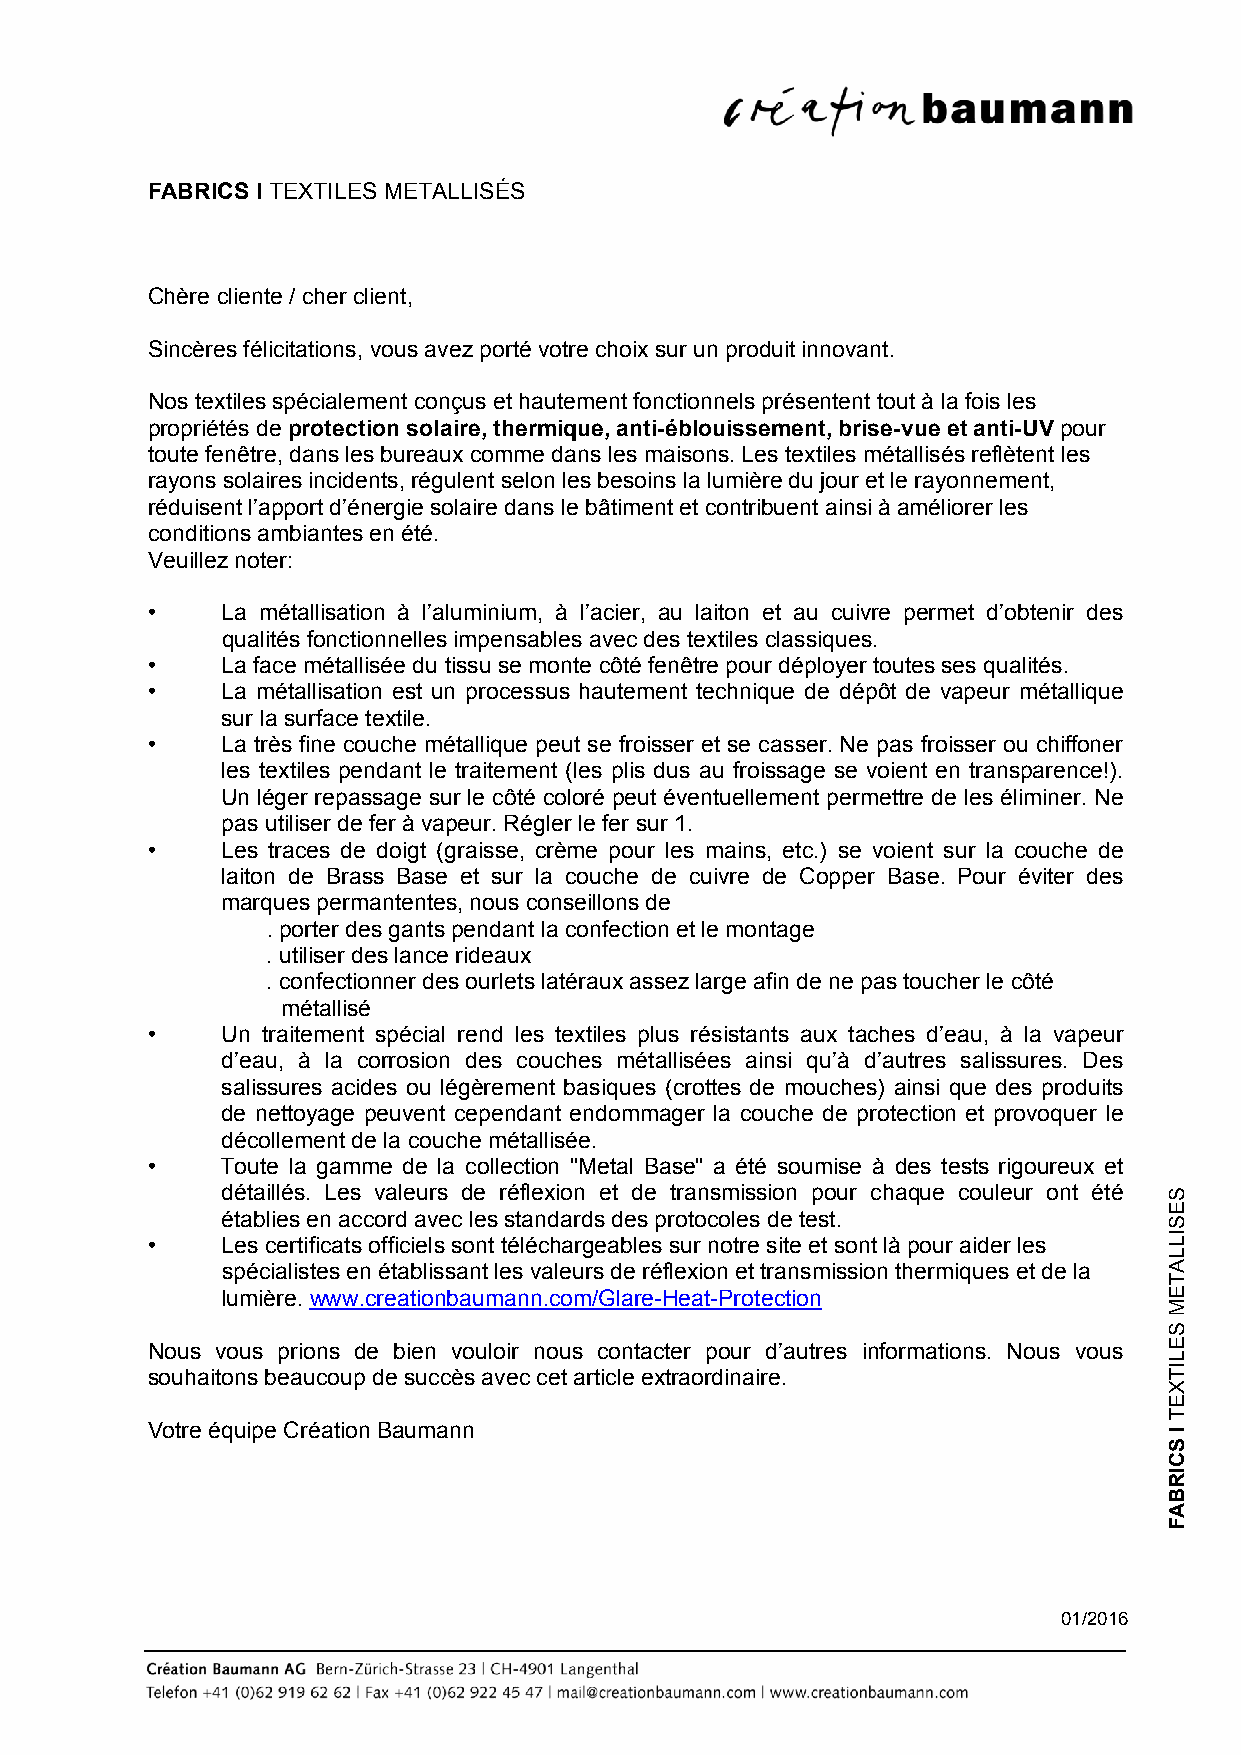
FABRICS I TEXTILES METALLISÉS
 Chère cliente / cher client,
 Sincères félicitations, vous avez porté votre choix sur un produit innovant.
 Nos textiles spécialement conçus et hautement fonctionnels présentent tout à la fois les
 propriétés de protection solaire, thermique, anti-éblouissement, brise-vue et anti-UV pour
 toute fenêtre, dans les bureaux comme dans les maisons. Les textiles métallisés reflètent les
 rayons solaires incidents, régulent selon les besoins la lumière du jour et le rayonnement,
 réduisent l’apport d’énergie solaire dans le bâtiment et contribuent ainsi à améliorer les
 conditions ambiantes en été.
 Veuillez noter:
 •    La métallisation à l’aluminium, à l’acier, au laiton et au cuivre permet d’obtenir des
 qualités fonctionnelles impensables avec des textiles classiques.
 •    La face métallisée du tissu se monte côté fenêtre pour déployer toutes ses qualités.
 •    La métallisation est un processus hautement technique de dépôt de vapeur métallique
 sur la surface textile.
 •    La très fine couche métallique peut se froisser et se casser. Ne pas froisser ou chiffoner
 les textiles pendant le traitement (les plis dus au froissage se voient en transparence!).
 Un léger repassage sur le côté coloré peut éventuellement permettre de les éliminer. Ne
 pas utiliser de fer à vapeur. Régler le fer sur 1.
 •    Les traces de doigt (graisse, crème pour les mains, etc.) se voient sur la couche de
 laiton de Brass Base et sur la couche de cuivre de Copper Base. Pour éviter des
 marques permantentes, nous conseillons de
 . porter des gants pendant la confection et le montage
 . utiliser des lance rideaux
 . confectionner des ourlets latéraux assez large afin de ne pas toucher le côté
 métallisé
 •    Un traitement spécial rend les textiles plus résistants aux taches d’eau, à la vapeur
 d’eau, à la corrosion des couches métallisées ainsi qu’à d’autres salissures. Des
 salissures acides ou légèrement basiques (crottes de mouches) ainsi que des produits
 de nettoyage peuvent cependant endommager la couche de protection et provoquer le
 décollement de la couche métallisée.
 •    Toute la gamme de la collection "Metal Base" a été soumise à des tests rigoureux et
 détaillés. Les valeurs de réflexion et de transmission pour chaque couleur ont été
 établies en accord avec les standards des protocoles de test.
 •    Les certificats officiels sont téléchargeables sur notre site et sont là pour aider les
 spécialistes en établissant les valeurs de réflexion et transmission thermiques et de la
 lumière. www.creationbaumann.com/Glare-Heat-Protection
 Nous vous prions de bien vouloir nous contacter pour d’autres informations. Nous vous
 souhaitons beaucoup de succès avec cet article extraordinaire.
 Votre équipe Création Baumann
 01/2016
 SESILLATEM
 SELITXET
 I
 SCIRBAF